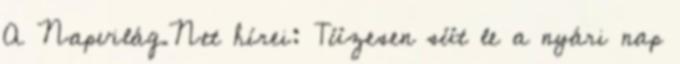
A Napvilág.Net hírei: Tüzesen süt le a nyári nap